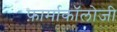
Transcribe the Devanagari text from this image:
फ़ार्माकॉलोजी